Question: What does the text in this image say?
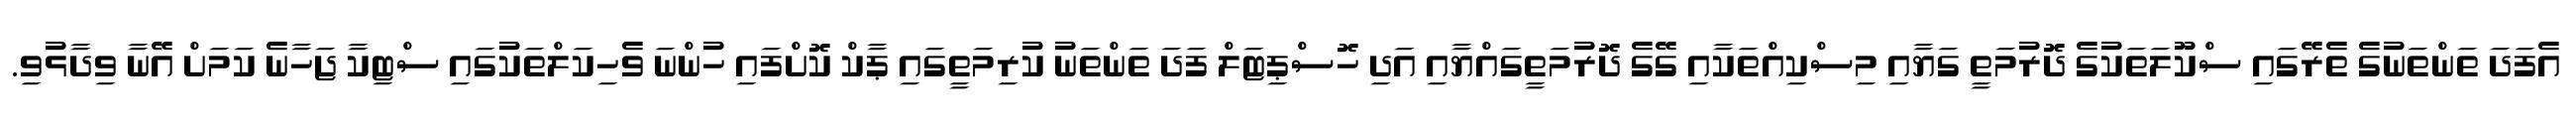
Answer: އެފަދަ ތަންތަނުގެ ތެރޭގައި ސްކޫލަތަކުގެ ދޮރުމަތީ ގަޔާއި މިސްކިއްތަކާއި ގޭގެ ދޮރުމަތީގައްޔާއި އަދި ހޮސްޕިޓަލް ފަދަ ތަންތަނު ކުރިމަތީގައި ޕާކް ކޮށްފައި ހުންނަ ވެހިކަލްތަކުގައި ސްޓިކާ ޖަހާނެ ކަމަށް އޭނާ ވިދާޅުވި.